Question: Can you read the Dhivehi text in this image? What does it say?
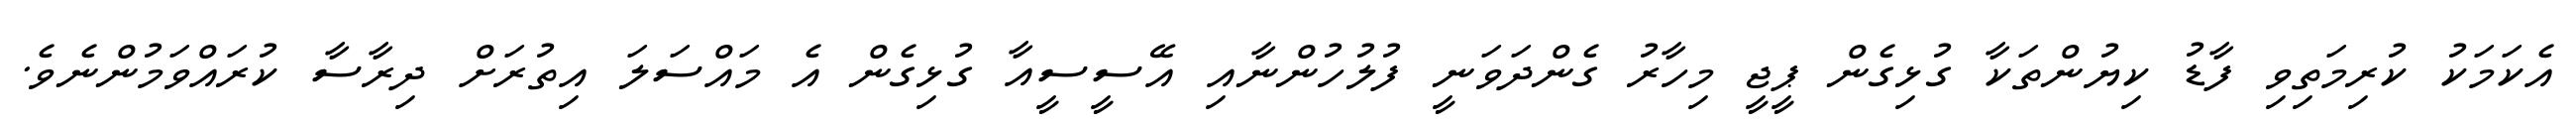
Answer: އެކަމަކު ކުރިމަތިވި ފާޑު ކިޔުންތަކާ ގުޅިގެން ޕީޖީ މިހާރު ގެންދަވަނީ ފުލުހުންނާއި އޭސީސީއާ ގުޅިގެން އެ މައްސަލަ އިތުރަށް ދިރާސާ ކުރައްވަމުންނެވެ.